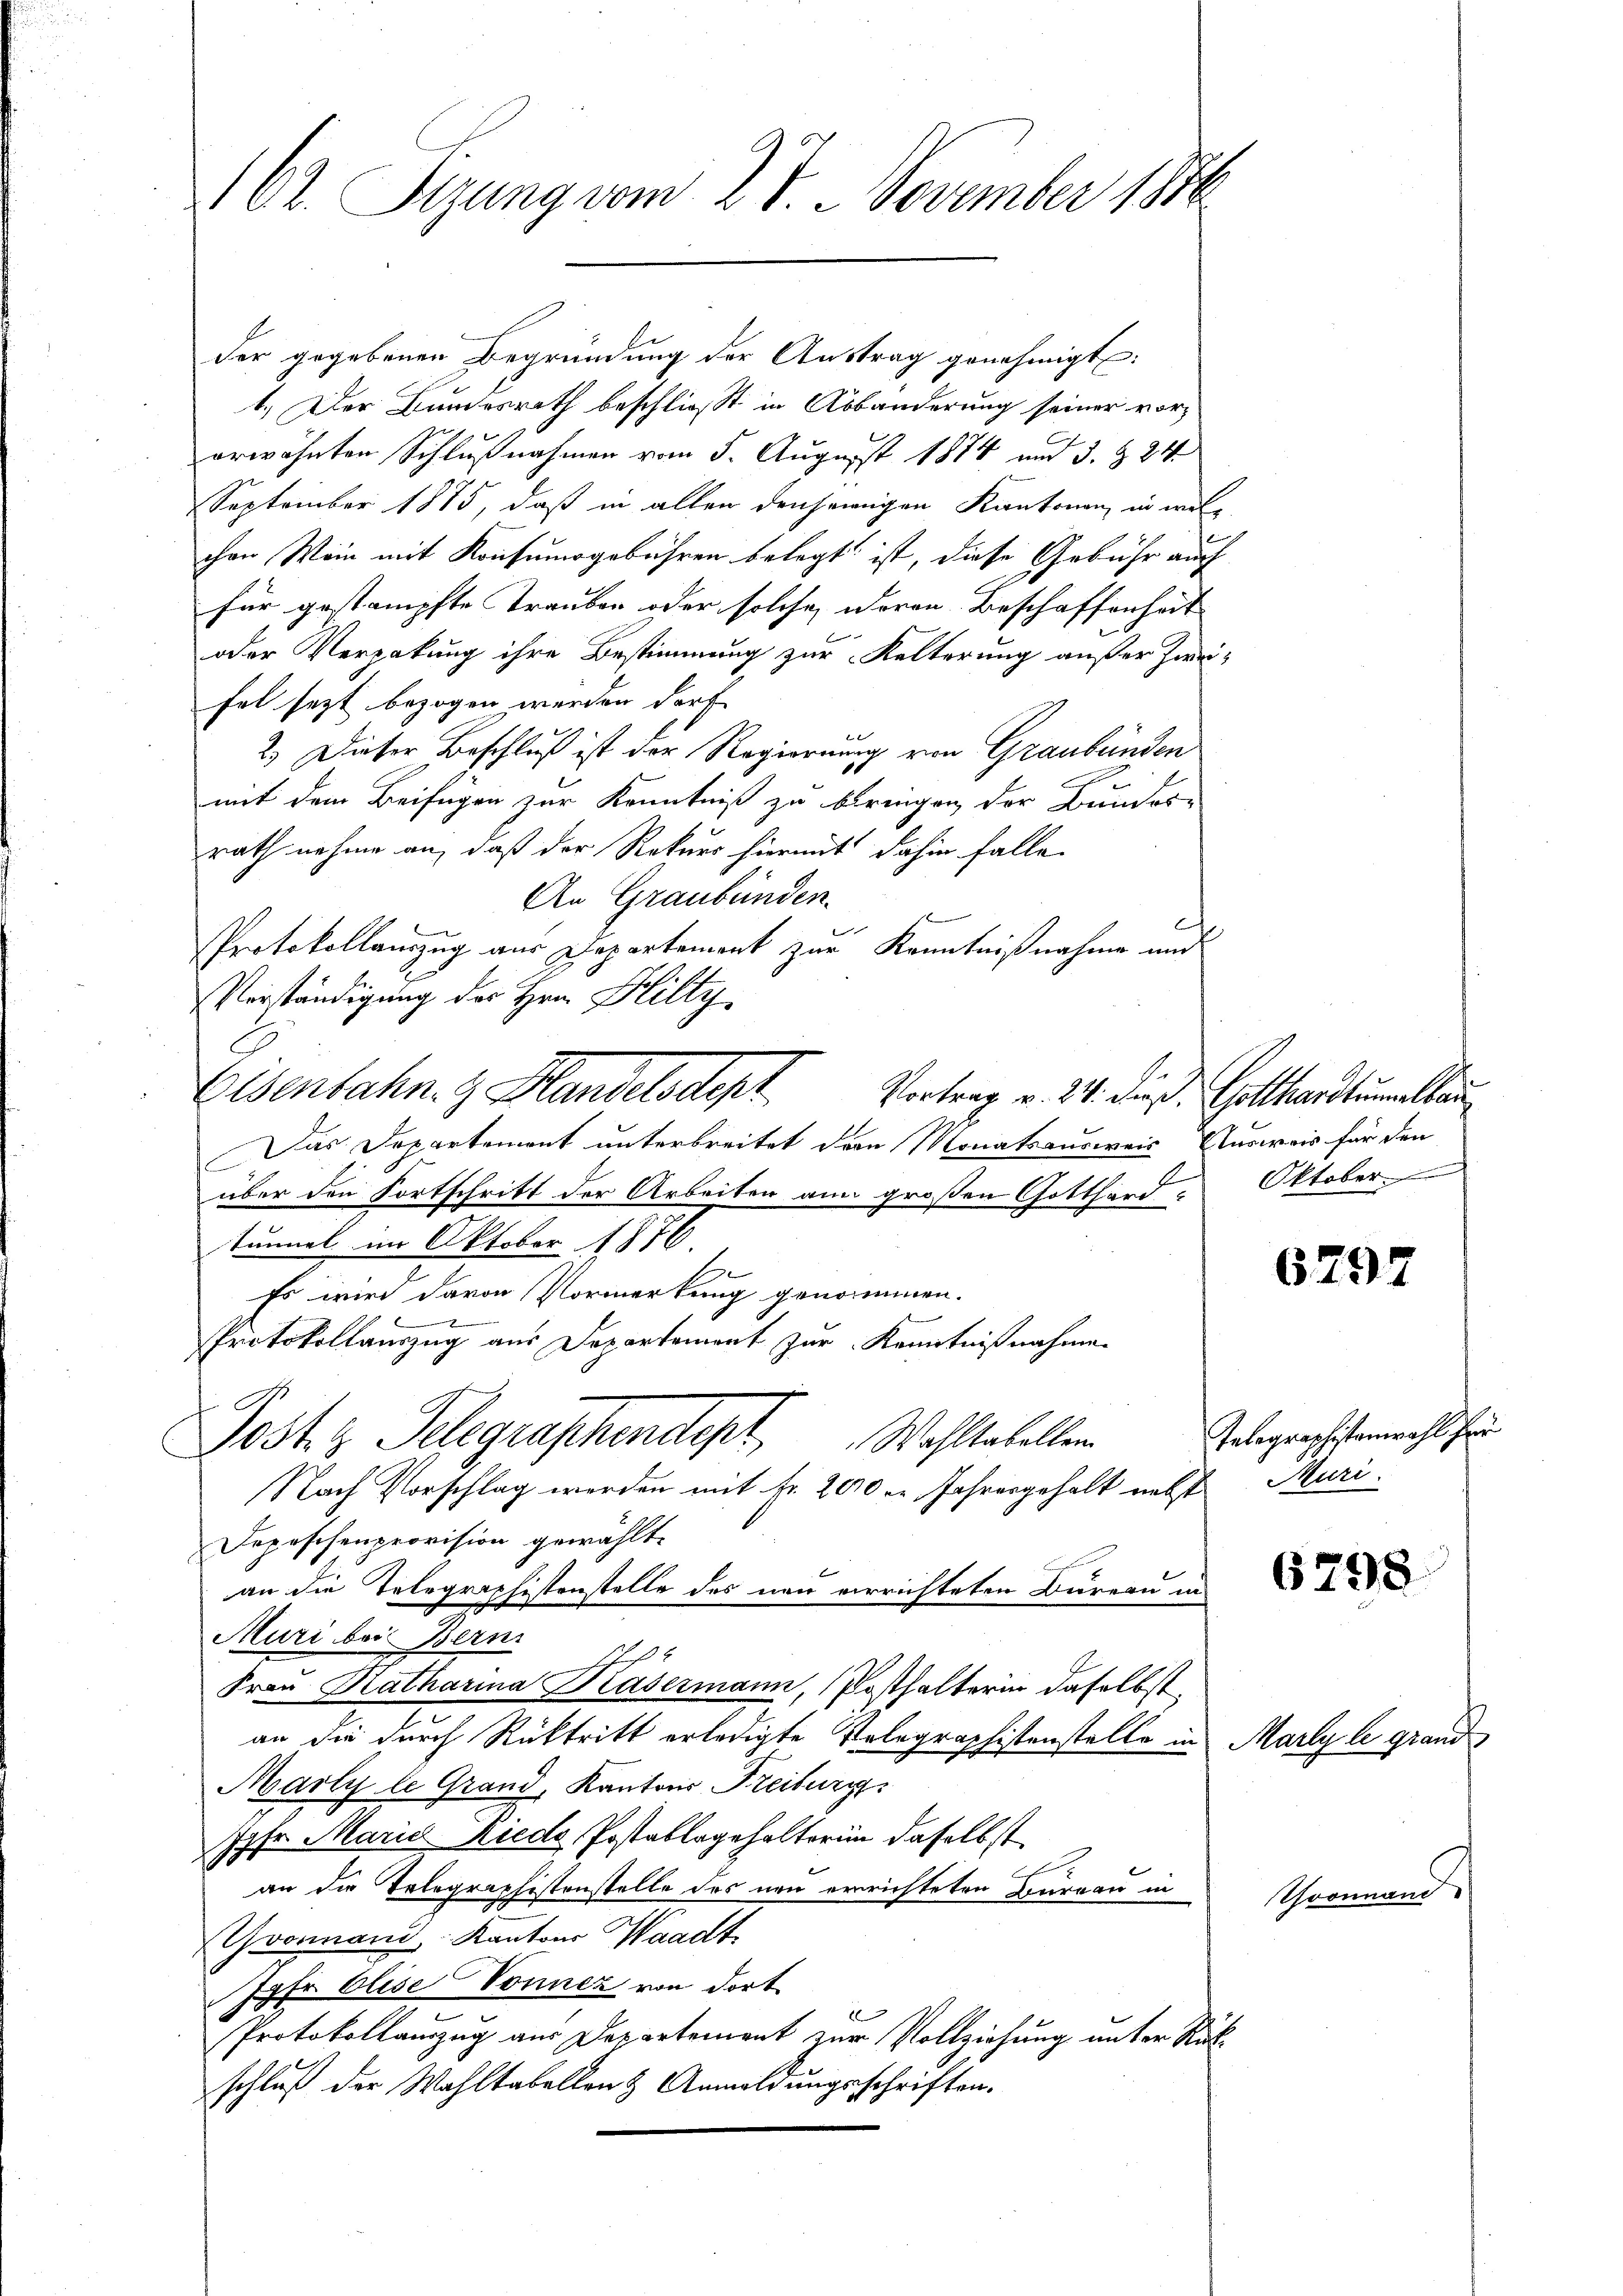
162. Sizung vom 27. November 1876

der gegebenen Begründung der Austrag genehmigt:
1.) Der Bundesrath beschließt in Abbänderung seiner vorerwähnten Schlußnahmen vom 5. August 1874 und 3. & 24.
September 1875, daß in allen denjenigen Kantonen, in welchen Wein mit Konsumsgebühren belegt ist, diese Gebühr auch
für gestampfte Trauben oder solche deren Beschaffenheit
oder Verpakung ihre Bestimmung zur Kelterung außer Zwei-
fel sezt bezogen werden darf
2.) Dieser Beschluß ist der Regierung von Graubünden
mit dem Beifügen zur Kenntniß zu bringen der Bundes-
rath nahme an, daß der Rekurs hiermit dahin falle
An Graubünden.
6
Protokollauszug aus Departement zur Kenntnißnahme und
Verständigung der Hrn. Hilty
Eisenbahn. & Handelsdept
Vortrag v. 24. Fuß, Gotthardtumelbau
Das Departement unterbreitet den Monatsausweis Ausweis für den
über den Fortschritt der Arbeiten an großen Gotthard. Oktober
tunnel im Oktober 1876
a
Es wird davon Vormerkung genommen.
e
Protokollauszug aus Departement zur Kenntnißnahme.
Post z. Telegraphendent Wohltabellen
Nach Vorschlag werden mit Fr. 200 r. Jahresgehalt nebst Muri
Depeschenprovision gewählte
an die Telegraphistenstelle des neu verrichteten Bureau in
Muri bei Bern
Frau Katharina Kasermann, (Posthalterin daselbst,
an die durch Rücktritt erledigte Volographistenstelle in Marlyle grand
Marty le Grand, Kantons Freiburg
Jgfr. Marie Riede Postallagehalterin daselbst.
an die Telegraphistenstelle des neu errichteten Bureau in
Gvonnand Kantons Waadt.
Jgfr. Elise Sonnez von dort
Protokollauszug aus Departement zur Vollziehung unter Rückschluß der Wahltabellen & Anmeldungsschriften.

6797

Telegraphistenwahl für

6798

Gro

un